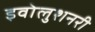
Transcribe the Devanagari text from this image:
इवोलुशनरी